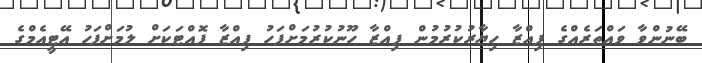
ބޭނުންވާ ވައްތަރެއްގެ ޕިއްޒާ ހިޔާރުކުރުމުން ޕިއްޒާ ހޫނުކުރުމަށްފަހު ޕިއްޒާ ފޮއްޓަކަށް ލުމަށްފަހު އޭޓީއެމްގެ